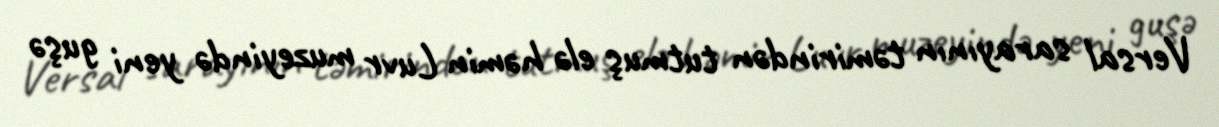
Versal sarayının təmirindən tutmuş elə həmin Luvr muzeyində yeni guşə